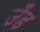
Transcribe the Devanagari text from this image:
उँड